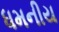
ધમનીય